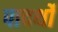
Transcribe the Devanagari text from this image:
पादर्थों